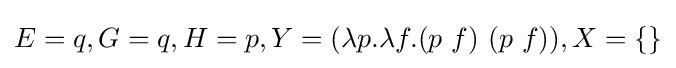
E=q,G=q,H=p,Y=(\lambda p.\lambda f.(p\ f)\ (p\ f)),X=\{\}